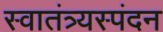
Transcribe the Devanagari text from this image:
स्वातंत्र्यस्पंदन